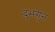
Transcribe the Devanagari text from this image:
दुभंगुन